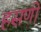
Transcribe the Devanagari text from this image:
हसणी